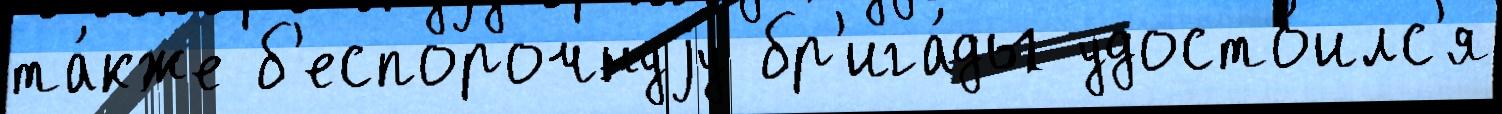
та́кже б'еспорочнуjу бр'ига́ды удосто́илс'я